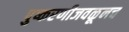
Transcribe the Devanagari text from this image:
पुष्करणीजवळूनच